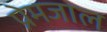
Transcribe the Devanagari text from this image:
प्रेमजाल